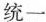
统一